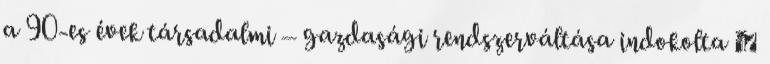
a 90-es évek társadalmi – gazdasági rendszerváltása indokolta 